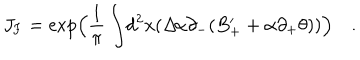
LaTeX: J _ { \mathrm { { F } } } = \exp \Bigl ( \frac { 1 } { \pi } \int \! d ^ { 2 } x ( \Delta \! \alpha \partial _ { - } ( B _ { + } ^ { \prime } + \alpha \partial _ { + } \theta ) ) \Bigr ) \quad .